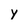
Character: y